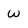
Character: w